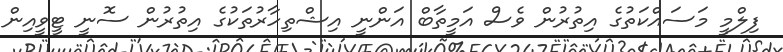
ފިލްމީ މަސައްކަތުގެ އިތުރުން ވެސް އަމީތާބް އަންނީ އިޝްތިހާރުތަކުގެ އިތުރުން ސޮނީ ޓީވީއިން